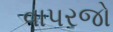
વાપરજો